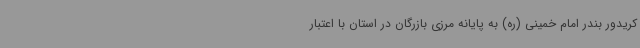
کریدور بندر امام خمینی (ره) به پایانه مرزی بازرگان در استان با اعتبار